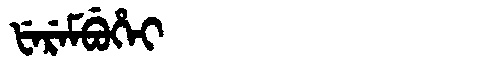
Manchu: ᡶᡝᡵᡝᠮᠪᡠᡥᡝᡳ
Romanization: FEREMBUHEI